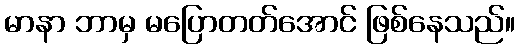
မာနာ ဘာမှ မပြောတတ်အောင် ဖြစ်နေသည်။